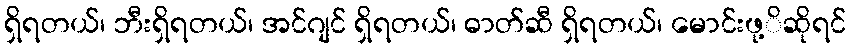
ရှိရတယ်၊ ဘီးရှိရတယ်၊ အင်ဂျင် ရှိရတယ်၊ ဓာတ်ဆီ ရှိရတယ်၊ မောင်းဖု့ိဆိုရင်